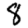
Digit: 8